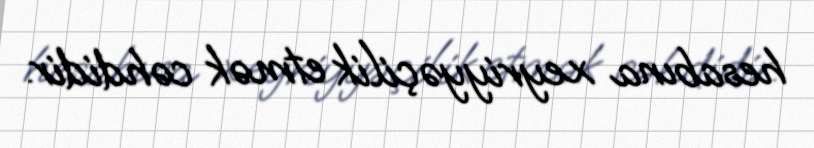
hesabına xeyriyyəçilik etmək cəhdidir.